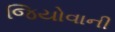
જિયોવાની